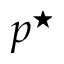
p ^ { \star }